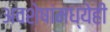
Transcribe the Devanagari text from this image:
अवशेषांमध्येही